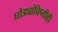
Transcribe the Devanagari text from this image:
घोड्यांविष्यीही